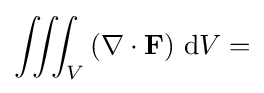
\iiint _{V}\left(\mathbf {\nabla } \cdot \mathbf {F} \right)\,\mathrm {d} V=